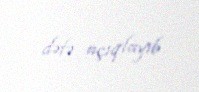
dəfə açıqlayıb.